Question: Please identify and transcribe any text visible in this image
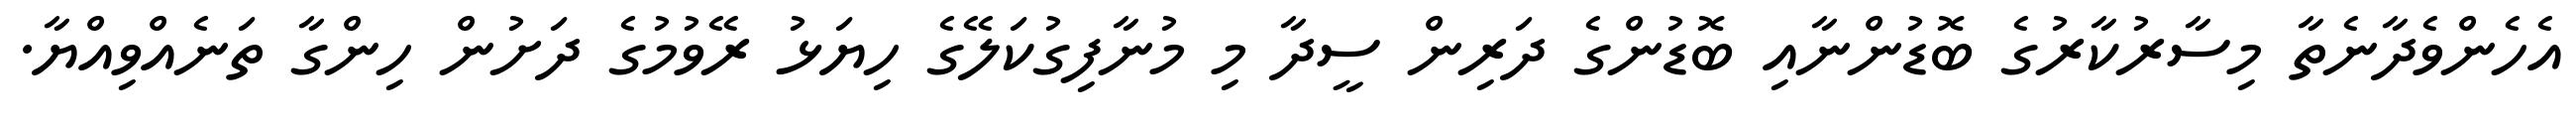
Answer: އެހެންވެދާނެތާ މިސާރުކާރުގެ ބޮޑުންނާއި ބޮޑުންގެ ދަރިން ސީދާ މި މުނާފިގުކަލޭގެ ހިޔަޅު ރޭވުމުގެ ދަށުން ހިންގާ ތަނެއްވިއްޔާ.